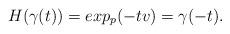
LaTeX: \begin{align*}H(\gamma(t))=exp_p(-tv)=\gamma(-t).\end{align*}